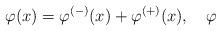
LaTeX: \begin{align*}\varphi (x)=\varphi ^{(-)}(x)+\varphi ^{(+)}(x),\quad \varphi\end{align*}